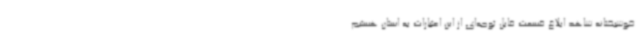
خوشبختانه شاهد ابلاغ قسمت قابل توجه‌ای از این اعتبارات به استان هستیم.